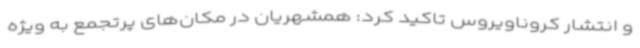
و انتشار کروناویروس تاکید کرد: همشهریان در مکان‌های پرتجمع به ویژه